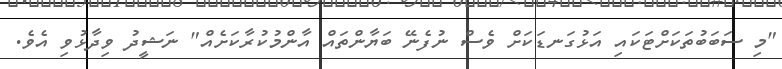
"މި ސަބަބުތަަކަށްޓަކައި އަޅުގަނޑަކަށް ވެސް ނުފެނޭ ބަޔާންތައް އާންމުކުރާކަށެއް" ނަޝީދު ވިދާޅުވި އެވެ.